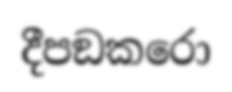
දීපඞකරො